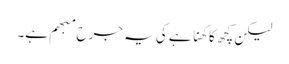
لیکن کچھ کا کھنا ہے کی یہ جرح مبھم ہے۔